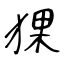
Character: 猓